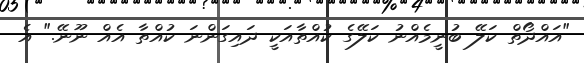
"އައްދޯތް ކަލޭ ބުނީމެއްނު ކަލޭގެ ކުއްތާއަކީ ދައިގަންނަ ކުއްތާ އެއް ނޫނޭ." އެ